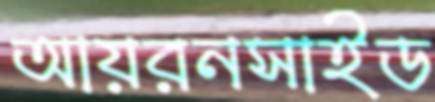
আয়রনসাইড